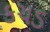
કચડ